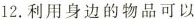
12.利用身边的物品可以